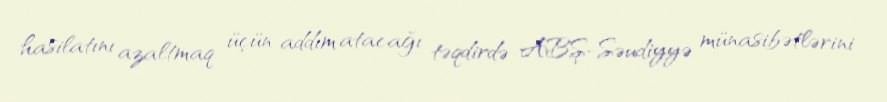
hasilatını azaltmaq üçün addım atacağı təqdirdə ABŞ-Səudiyyə münasibətlərini